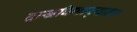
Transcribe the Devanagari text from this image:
दाखविणार्‍याला